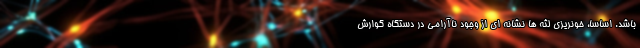
باشد. اساسا، خونریزی لثه ها نشانه ای از وجود ناآرامی در دستگاه گوارش